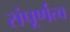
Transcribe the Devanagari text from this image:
संपूर्णत्व